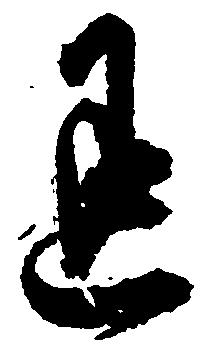
退